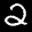
Label: 2